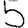
Digit: 5